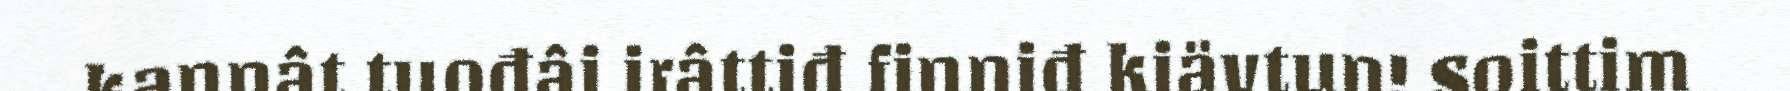
kannât tuođâi irâttiđ finniđ kiävtun! Soittim